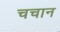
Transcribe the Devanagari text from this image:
चचान